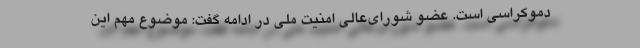
دموکراسی است. عضو شورای‌عالی امنیت ملّی در ادامه گفت: موضوع مهم این